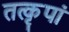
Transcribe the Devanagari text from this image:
तत्कृपां